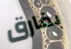
بفارق